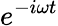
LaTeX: {{e}^{-i\omega t}}